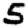
Digit: 5